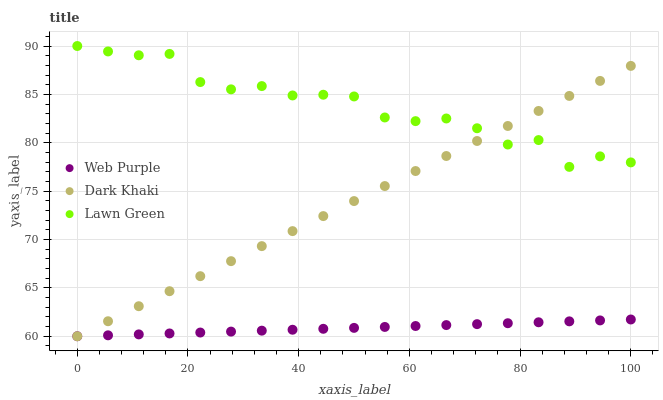
| xaxis_label | Web Purple | Dark Khaki | Lawn Green |
 | --- | --- | --- | --- |
 | 0 | 60 | 60 | 90 |
 | 5.56 | 60.1 | 61.6 | 89.4 |
 | 11.1 | 60.2 | 63.1 | 89 |
 | 16.7 | 60.3 | 64.7 | 89.2 |
 | 22.2 | 60.4 | 66.2 | 86.3 |
 | 27.8 | 60.5 | 67.8 | 85.5 |
 | 33.3 | 60.6 | 69.3 | 85.9 |
 | 38.9 | 60.7 | 70.9 | 84.9 |
 | 44.4 | 60.8 | 72.4 | 85 |
 | 50 | 60.9 | 74 | 84.8 |
 | 55.6 | 61 | 75.5 | 82.6 |
 | 61.1 | 61.1 | 77.1 | 82.2 |
 | 66.7 | 61.2 | 78.6 | 82.5 |
 | 72.2 | 61.3 | 80.2 | 81.5 |
 | 77.8 | 61.3 | 81.7 | 79.8 |
 | 83.3 | 61.4 | 83.3 | 80.3 |
 | 88.9 | 61.5 | 84.8 | 77.5 |
 | 94.4 | 61.6 | 86.4 | 78.6 |
 | 100 | 61.7 | 87.9 | 78 |